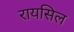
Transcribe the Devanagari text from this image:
रायसिल